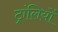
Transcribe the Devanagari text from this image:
ट्रांलियों